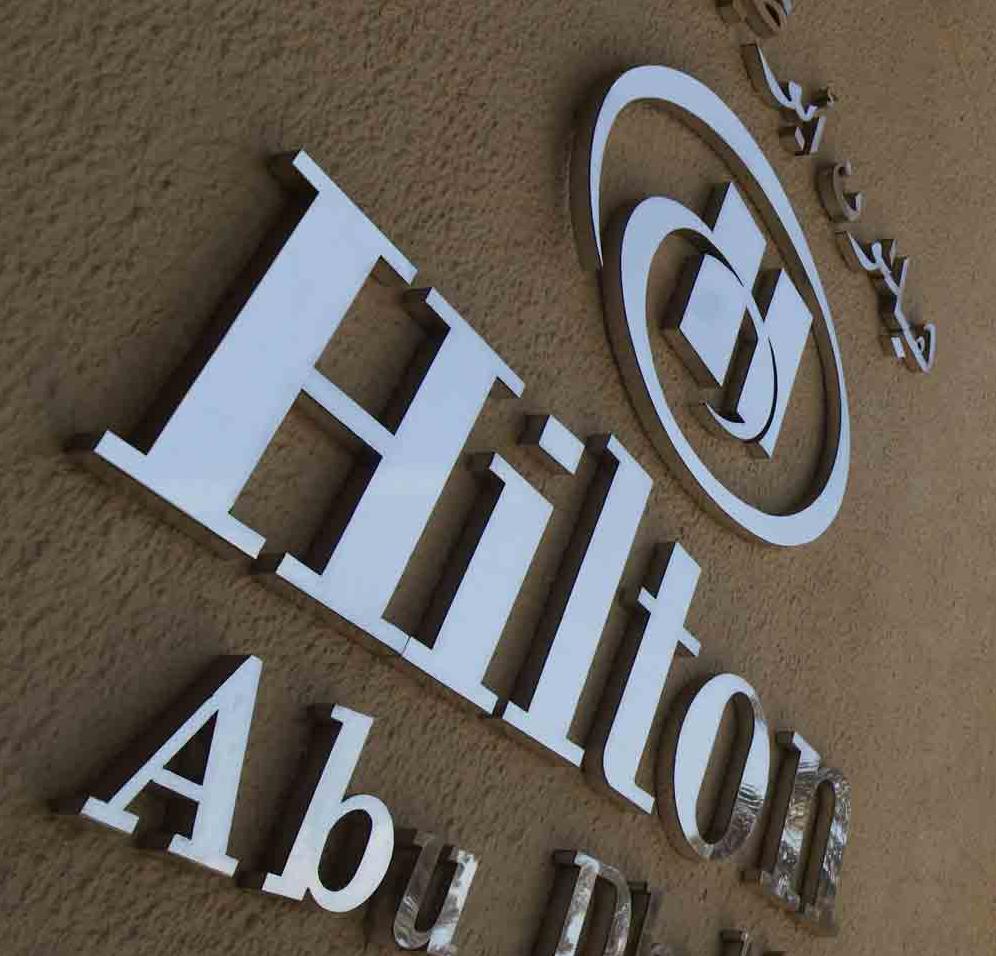
hilton